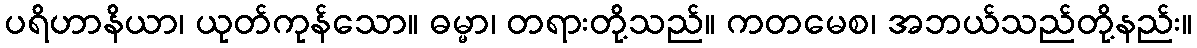
ပရိဟာနိယာ၊ ယုတ်ကုန်သော။ ဓမ္မာ၊ တရားတို့သည်။ ကတမေစ၊ အဘယ်သည်တို့နည်း။